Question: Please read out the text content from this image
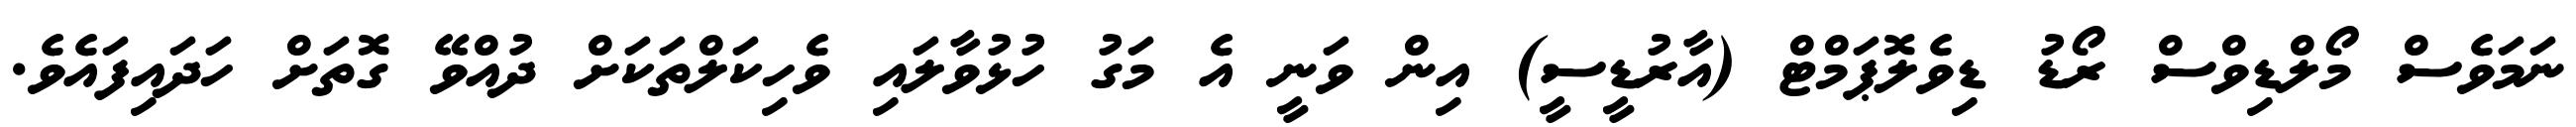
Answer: ނަމަވެސް މޯލްޑިވްސް ރޯޑު ޑިވެލޮޕަމްޓް (އާރުޑީސީ) އިން ވަނީ އެ މަގު ހުޅުވާލައި ވެހިކަލްތަކަށް ދުއްވޭ ގޮތަށް ހަދައިފައެވެ.